Lunatic asylums Punjab 1868-1880 - 1868-1880
Year: 1868
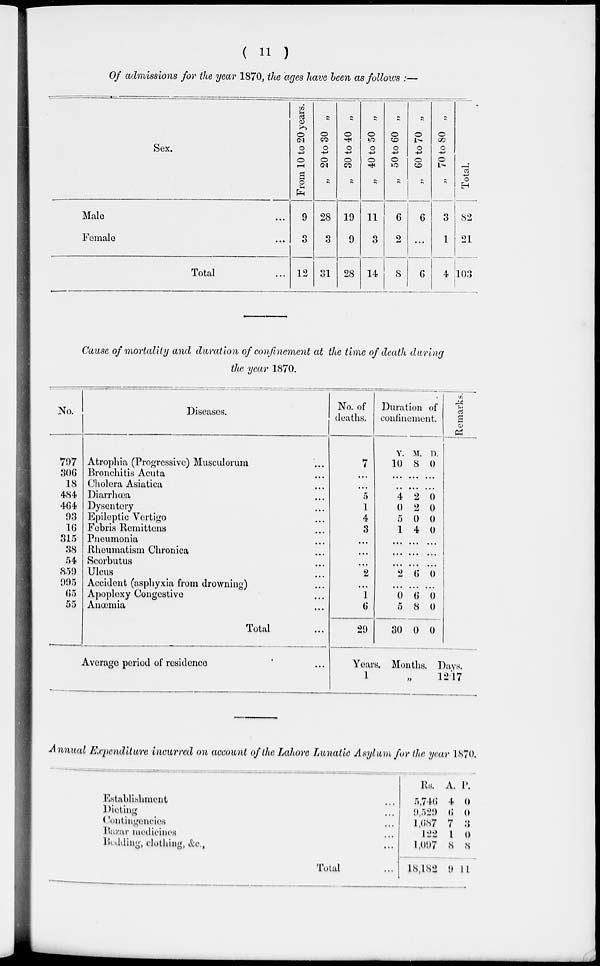
( 11 )
Of admissions for the year 1870, the ages have been as follows :—
Sex.
Male ...
Female ...
Total ...
From 10 to 20 years.
9
3
12
„ 20 to 30 „
28
3
31
„ 30 to 40 „
19
9
28
„ 40 to 50 „
11
3
14
„ 50 to 60 „
6
2
8
„ 60 to 70 „
6
...
6
„ 70 to 80 „
3
1
4
Total.
82
21
103
Cause of mortality and duration of confinement at the time of death during
the year 1870.
No.
797
306
18
484
464
93
16
315
38
54
859
995
65
55
Diseases.
Atrophia (Progressive) Musculorum ...
Bronchitis Acuta ...
Cholera Asiatica ...
Diarrhœa ...
Dysentery ...
Epileptic Vertigo ...
Febris Remittens ...
Pneumonia ...
Rheumatism Chronica ...
Scorbutus ...
Ulcus ...
Accident (asphyxia from drowning) ...
Apoplexy Congestive ...
Anœmia ...
Total ...
No. of
deaths.
7
...
...
5
1
4
3
...
...
...
2
...
1
6
29
Duration of
confinement.
Y.
10
...
...
4
0
5
1
...
...
...
2
...
0
5
30
M.
8
...
...
2
2
0
4
...
...
...
6
...
6
8
0
D.
0
...
...
0
0
0
0
...
...
...
0
...
0
0
0
Remarks.
Average period of residence ...
Years.
1
Months.
„
Days.
12.17
Annual Expenditure incurred on account of the Lahore Lunatic Asylum for the year 1870.
Establishment ...
Dieting ...
Contingencies ...
Bazar medicines ...
Bedding, clothing, &c., ...
Total ...
Rs.
5,746
9,529
1,687
122
1,097
18,182
A.
4
6
7
1
8
9
P.
0
0
3
0
8
11